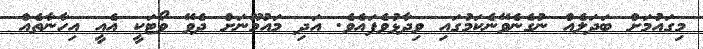
މިގައުމަށް ބަދަލެއް ނުގެނެވޭނެކަމުގައި ވިދާޅުވެފައެވެ. އަދި މައުމޫނަށް ދެވޭ ވޯޓަކީ އެއީ އިހާނާތެއް